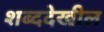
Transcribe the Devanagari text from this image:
शब्ददेखील